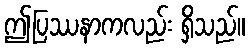
ဤပြဿနာကလည်း ရှိသည်။